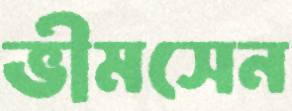
ভীমসেন